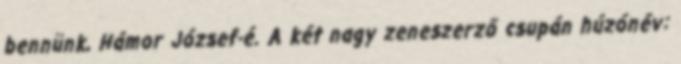
bennünk, Hámor József-é. A két nagy zeneszerző csupán húzónév: